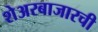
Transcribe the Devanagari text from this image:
शेअरबाजारची